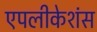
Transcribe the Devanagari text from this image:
एपलीकेशंस